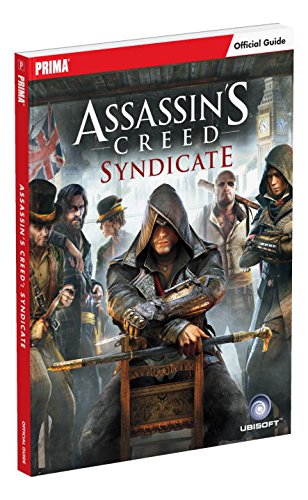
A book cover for Assassin's Creed Syndicate Official Strategy Guide: Standard Edition; Tim Bogenn; Humor & Entertainment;